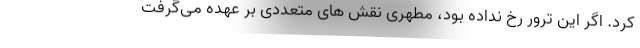
کرد. اگر این ترور رخ نداده بود، مطهری نقش های متعددی بر عهده می‌گرفت